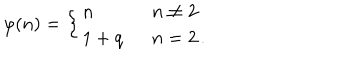
\varphi ( n ) = \left\{ \begin{array} { l l } { { n } } & { { \; \; n \neq 2 } } \\ { { 1 + q } } & { { \; \; n = 2 \, . } } \\ \end{array} \right.